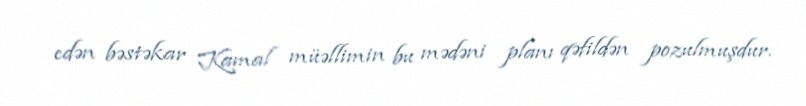
edən bəstəkar Kamal müəllimin bu mədəni planı qəfildən pozulmuşdur.